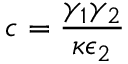
c = \frac { \gamma _ { 1 } \gamma _ { 2 } } { \kappa \epsilon _ { 2 } }